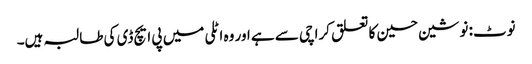
نوٹ: نوشین حسین کا تعلق کراچی سے ہے اور وہ اٹلی میں پی ایچ ڈی کی طالبہ ہیں۔